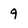
Character: 9